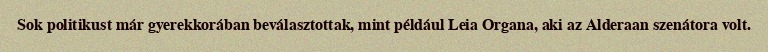
Sok politikust már gyerekkorában beválasztottak, mint például Leia Organa, aki az Alderaan szenátora volt.